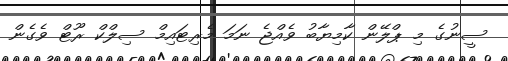
ސީނުގެ މި ޕްލޭން ކާމިޔާބު ވެއްޖެ ނަމަ މެރިޓައިމް ސިލްކް ރޫޓް ވެގެން